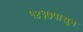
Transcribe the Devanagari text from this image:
१४३७पासून